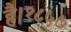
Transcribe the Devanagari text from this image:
है।१८५७